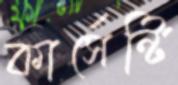
কার্সেন্টি